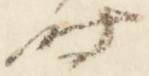
時